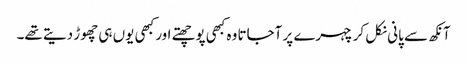
آنکھ سے پانی نکل کر چہرے پر آجاتا وہ کبھی پوچھتے اور کبھی یوں ہی چھوڑ دیتے تھے۔